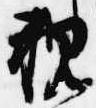
親